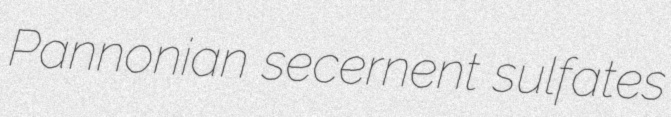
Pannonian secernent sulfates